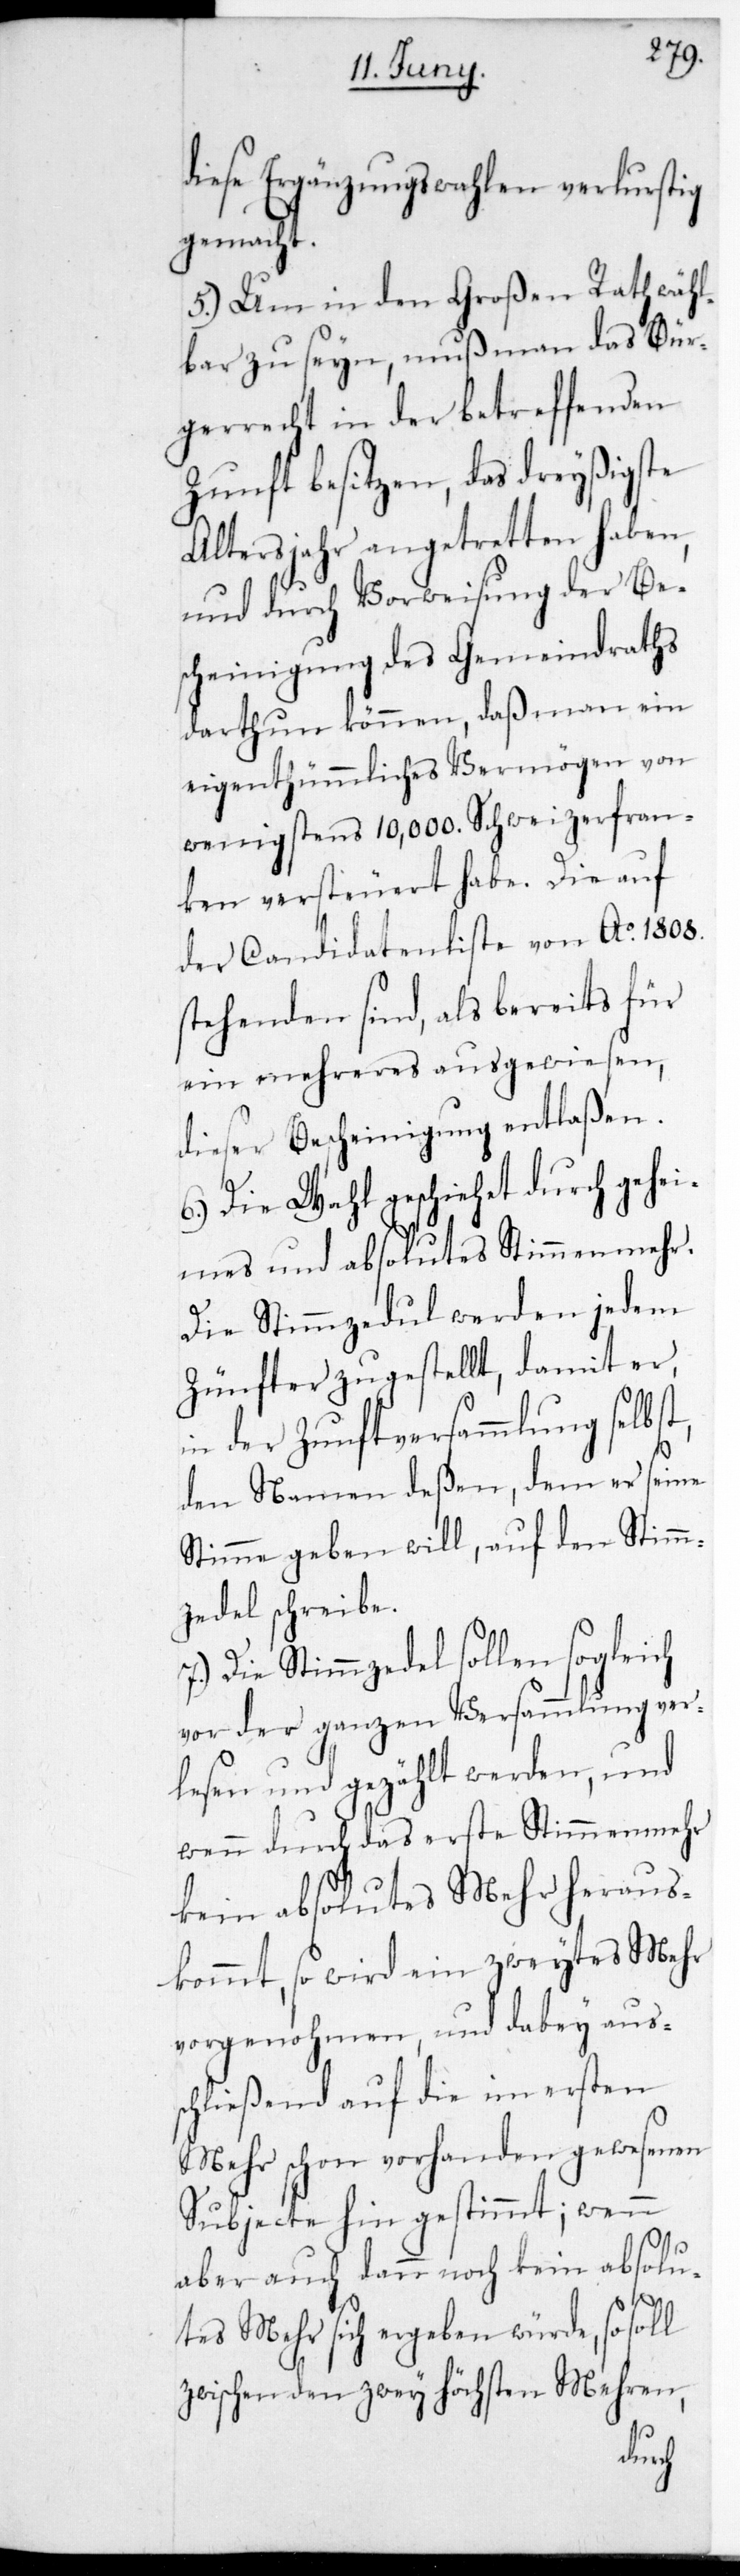
diese Ergänzungswahlen verlustig
gemacht.
5.) Um in den Großen Rath wähl¬
bar zu seyn, muß man das Bür¬
fenden
gerrecht in der betref¬
Zunft besitzen, das dreyßigste
Altersjahr angetretten haben,
und durch Vorweisung der Be¬
scheinigung des Gemeindraths
darthun können, daß man ein
eigentümliches Vermögen von
wenigstens 10,000. Schweizerfran¬
ken versteuert habe. Die auf
der Candidatenliste von Ao. 1808.
Stehenden sind, als bereits für
ein Mehreres ausgewiesen,
dieser Bescheinigung entlaßen.
6.) Die Wahl geschiehet durch gehei¬
mes und absolutes Stimmenmehr.
Die Stimmzedul werden jedem
Zünfter zugestellt, damit er
in der Zunftversammlung selbs¬
den Namen deßen, dem er seine
Stimme geben will, auf den Stimm¬
zedel schreibe.
Die Stimmzedel sollen sogleich
vor der ganzen Versammlung ver¬
lesen und gezählt werden, und
wenn durch das erste Stimmenmehr
kein absolutes Mehr heraus¬
kommt, so wird ein zweytes Mehr
vorgenohmen, und dabey aus¬
schließend auf die im ersten
Mehr schon vorhanden gewesenen
Subjecte hin gestimmt; wenn
aber auch dann noch kein absolu¬
tes Mehr sich ergeben würde, so soll
zwischen den zwey höchsten Mehren,
t,